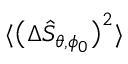
\langle \big ( \Delta \hat { S } _ { \theta , \phi _ { 0 } } \big ) ^ { 2 } \rangle